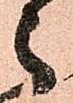
々